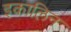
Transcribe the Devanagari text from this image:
इकालिन